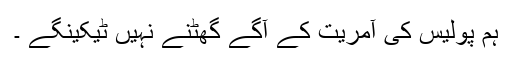
ہم پولیس کی آمریت کے آگے گھٹنے نہیں ٹیکینگے ۔